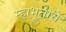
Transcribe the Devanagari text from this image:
म्हाभूताचे